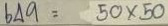
649 = 50 x 50